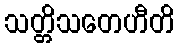
သတ္တိသတေဟီတိ